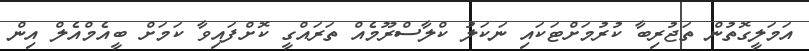
އަމަލީގޮތުން ތަޖުރިބާ ކުރުމަށްޓަކައި ނަކަލު ކްލާސްރޫމެއް ތަރައްގީ ކޮށްފައިވާ ކަމަށް ބީއެމްއެލް އިން